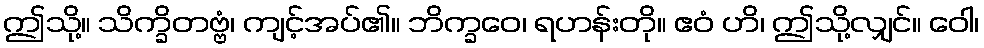
ဤသို့။ သိက္ခိတဗ္ဗံ၊ ကျင့်အပ်၏။ ဘိက္ခဝေ၊ ရဟန်းတို။ ဧဝံ ဟိ၊ ဤသို့လျှင်။ ဝေါ၊